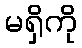
မရှိကို